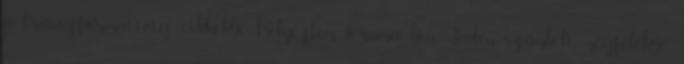
a transzformációig cikkekbe helyeztem. Osama bin Laden számbeli megfelelője